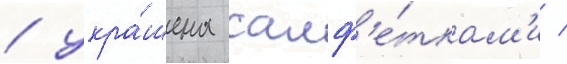
/ укра́шена салф'е́ткам'и /